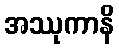
အဿုကာနိ